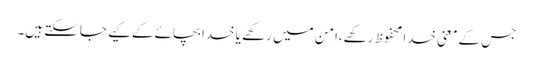
جس کےمعنی خدا محفوظ رکھے،امن میں رکھے یا خدا بچائےکےکیے جاسکتے ہیں۔